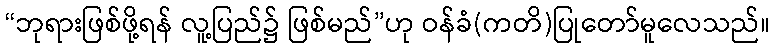
“ဘုရားဖြစ်ဖို့ရန် လူ့ပြည်၌ ဖြစ်မည်”ဟု ဝန်ခံ(ကတိ)ပြုတော်မူလေသည်။